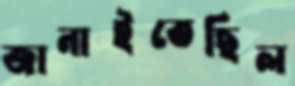
জানাইতেছিল